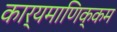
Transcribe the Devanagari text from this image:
कार्यमाणिक्कम